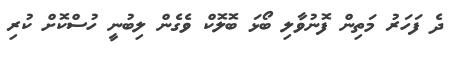
ދެ ފަހަރު މަތިން ފޮނުވާލި ބޯޅަ ބޮލޮކް ވެގެން ލިބުނީ ހުސްކޮށް ކުރި